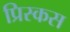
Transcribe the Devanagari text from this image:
प्रिस्कस